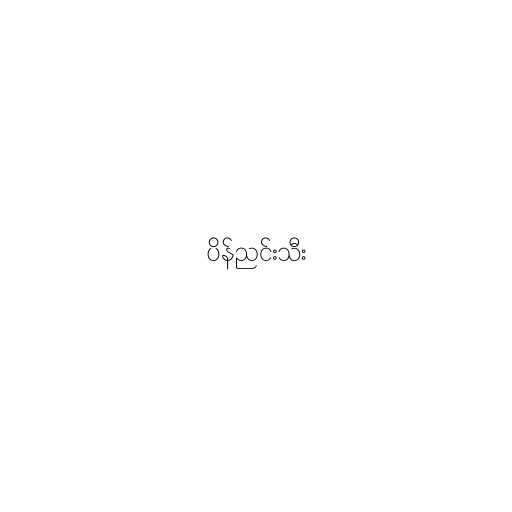
ပိန်ညင်းသီး